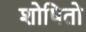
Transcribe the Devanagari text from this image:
शोषितो